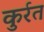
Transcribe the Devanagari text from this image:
कुर्रत